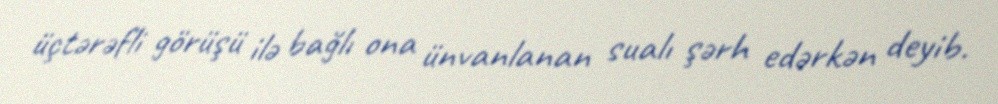
üçtərəfli görüşü ilə bağlı ona ünvanlanan sualı şərh edərkən deyib.